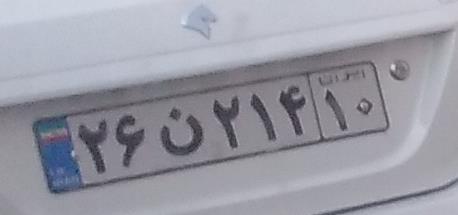
۲۶ن۲۱۴۱۰